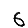
Digit: 6